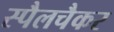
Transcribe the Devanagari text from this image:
स्पैलचैकर